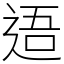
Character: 逜